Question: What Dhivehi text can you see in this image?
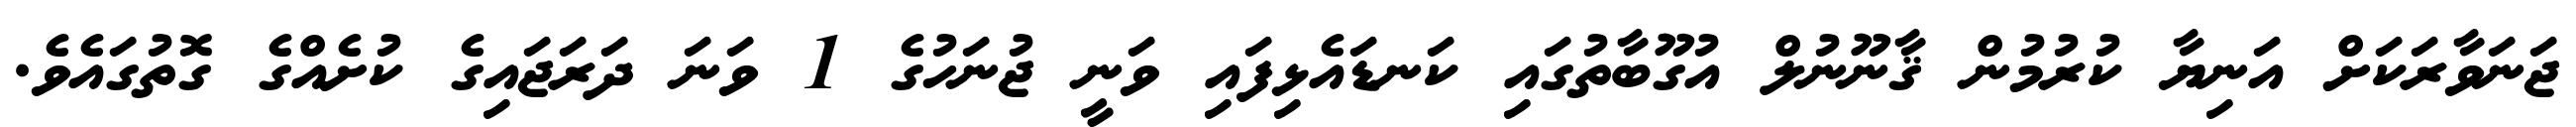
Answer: ޖަނަވާރަކަށް އަނިޔާ ކުރުމުން ޤާނޫނުލް އުގޫބާތުގައި ކަނޑައެޅިފައި ވަނީ ޖުނަހުގެ 1 ވަނަ ދަރަޖައިގެ ކުށެއްގެ ގޮތުގައެވެ.